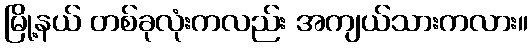
မြို့နယ် တစ်ခုလုံးကလည်း အကျယ်သားကလား။